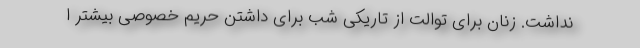
نداشت. زنان برای توالت از تاریکی شب برای داشتن حریم خصوصی بیشتر ا